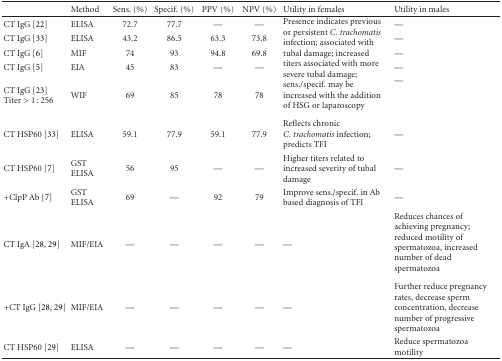
|  | Method | Sens. (%) | Specif. (%) | PPV (%) | NPV (%) | Utility in females | Utility in males |
 | --- | --- | --- | --- | --- | --- | --- | --- |
 | CT IgG [22] | ELISA | 72.7 | 77.7 | — | — | <ROWSPAN=5> Presence indicates previous or persistent C. trachomatis infection; associated with tubal damage; increased titers associated with more severe tubal damage; sens./specif. may be increased with the addition of HSG or laparoscopy | — |
 | CT IgG [33] | ELISA | 43.2 | 86.5 | 63.3 | 73.8 | — |
 | CT IgG [6] | MIF | 74 | 93 | 94.8 | 69.8 | — |
 | CT IgG [5] | EIA | 45 | 83 | — | — | — |
 | CT IgG [23] Titer >1 : 256 | WIF | 69 | 85 | 78 | 78 | — |
 | CT HSP60 [33] | ELISA | 59.1 | 77.9 | 59.1 | 77.9 | Reflects chronic C. trachomatis infection; predicts TFI | — |
 | CT HSP60 [7] | GST ELISA | 56 | 95 | — | — | Higher titers related to increased severity of tubal damage | — |
 | +ClpP Ab [7] | GST ELISA | 69 | — | 92 | 79 | Improve sens./specif. in Ab based diagnosis of TFI | — |
 | CT IgA [28, 29] | MIF/EIA | — | — | — | — | — | Reduces chances of achieving pregnancy; reduced motility of spermatozoa, increased number of dead spermatozoa |
 | +CT IgG [28, 29] | MIF/EIA | — | — | — | — | — | Further reduce pregnancy rates, decrease sperm concentration, decrease number of progressive spermatozoa |
 | CT HSP60 [29] | ELISA | — | — | — | — | — | Reduce spermatozoa motility |